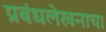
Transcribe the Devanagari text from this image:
प्रबंधलेखनाचा